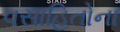
વસાહિતોના